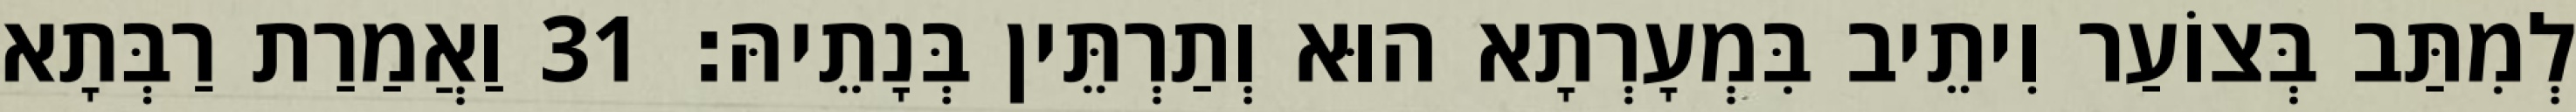
לְמִתַּב בְּצוֹעַר וִיתֵיב בִּמְעָרְתָא הוּא וְתַרְתֵּין בְּנָתֵיהּ׃ 31 וַאֲמַרַת רַבְּתָא